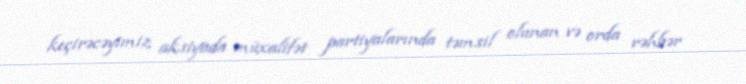
keçirəcəyimiz aksiyada müxalifət partiyalarında təmsil olunan və orda rəhbər